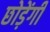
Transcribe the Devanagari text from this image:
छोड़ेंगी